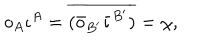
LaTeX: o _ { A } \iota ^ { A } = \overline { { { ( \bar { o } _ { B ^ { \prime } } \bar { \iota } ^ { B ^ { \prime } } ) } } } = \chi ,